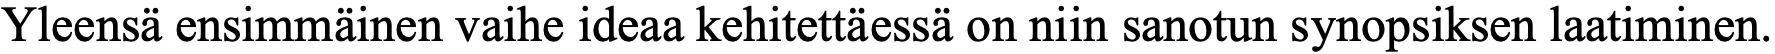
Yleensä ensimmäinen vaihe ideaa kehitettäessä on niin sanotun synopsiksen laatiminen.